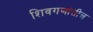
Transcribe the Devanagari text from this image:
शिवगणांतील